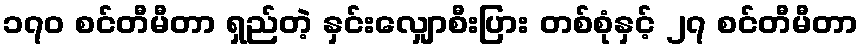
၁၇၀ စင်တီမီတာ ရှည်တဲ့ နှင်းလျှောစီးပြား တစ်စုံနှင့် ၂၇ စင်တီမီတာ